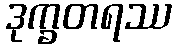
ဒုက္ခတရဿ